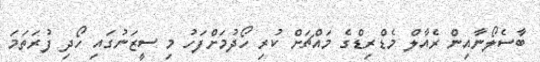
ބާސެލޯނާއިން ރެއާލް މެޑްރިޑްގެ މައްޗަށް ކުރި ހޯދުމަށްފަހު މި ސީޒަނުގައި ހޯދި ފުރަތަމަ